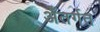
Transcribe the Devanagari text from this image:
अँतर्गत